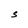
Character: S